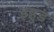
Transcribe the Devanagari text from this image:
इहुड